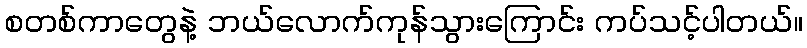
စတစ်ကာတွေနဲ့ ဘယ်လောက်ကုန်သွားကြောင်း ကပ်သင့်ပါတယ်။